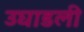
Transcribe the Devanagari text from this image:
उघाडली